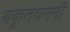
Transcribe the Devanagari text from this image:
यकृतधमनी